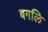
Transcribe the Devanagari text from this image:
बगलि